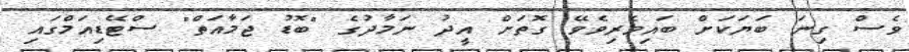
ވެސް ގިނަ ބަޔަކަށް ބައިވެރިވެވޭ ގޮތަށް އީދު ނަމާދުގެ "ބޮޑު ޖަމާއަތް" ސްޓޭޑިއަމްގައި